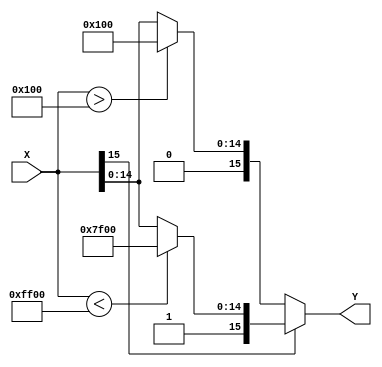
module tanh(X,Y);
// DESCRIPTION: takes 1 input number and returns an approx of tanh as output

// input parameters
	parameter DATA_WIDTH = 16;
	parameter FRACT_WIDTH = 8;
	
// define ports
	input signed [DATA_WIDTH-1:0] X;
	output wire signed [DATA_WIDTH-1:0] Y;
		
	assign Y = (X[DATA_WIDTH-1]) ? (
		// negative
		(X < -16'h0100)? -16'h0100 : X )
		// positive
		: ( (X>16'h0100) ? 16'h0100: X );
endmodule